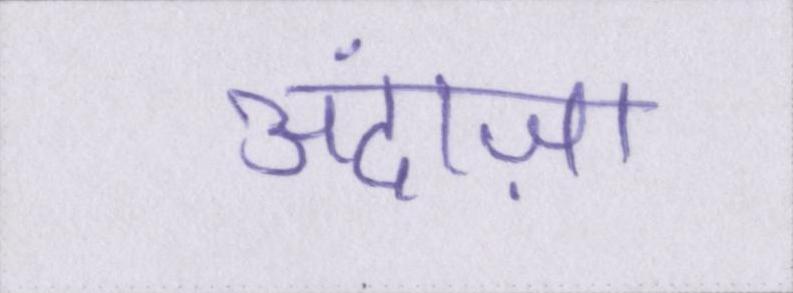
अंदाज़ा